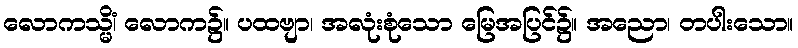
လောကသ္မိံ၊ လောက၌။ ပထဗျာ၊ အလုံးစုံသော မြေအပြင်၌။ အညော၊ တပါးသော။